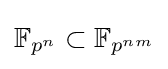
\mathbb {\mathbb {F} } _{p^{n}}\subset \mathbb {F} _{p^{nm}}